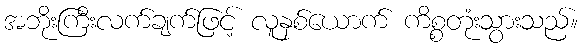
အဘိုးကြီးလက်ချက်ဖြင့် လူနှစ်ယောက် ကိစ္စတုံးသွားသည်။